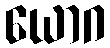
ယောဂ